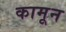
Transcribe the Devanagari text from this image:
कामून